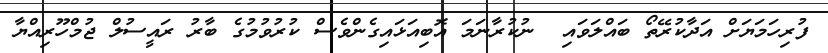
ފުރިހަމަޔަށް އަދާކުރޭތޯ ބައްލަވައި  ނުކުރާނަމަ އޮބިއަޅައިގެންވެސް ކުރުވުމުގެ ބާރު ރައީސުލް ޖުމްހޫރިއްޔާ